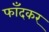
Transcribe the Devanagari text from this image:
फाँदकर